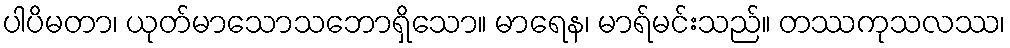
ပါပိမတာ၊ ယုတ်မာသောသဘောရှိသော။ မာရေန၊ မာရ်မင်းသည်။ တဿကုသလဿ၊